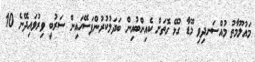
މައުލޫމާތު މުއްސަނދިވި މޫޑާ ގުޅޭ ގޮތަށް ކެއިންބުއިން ބަދަލުކުރުންފަސޭހައިން ސަރުބީ ވިރުވައިދޭނެ 10